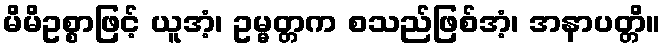
မိမိဥစ္စာဖြင့် ယူအံ့၊ ဥမ္မတ္တက စသည်ဖြစ်အံ့၊ အနာပတ္တိ။